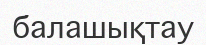
балашықтау